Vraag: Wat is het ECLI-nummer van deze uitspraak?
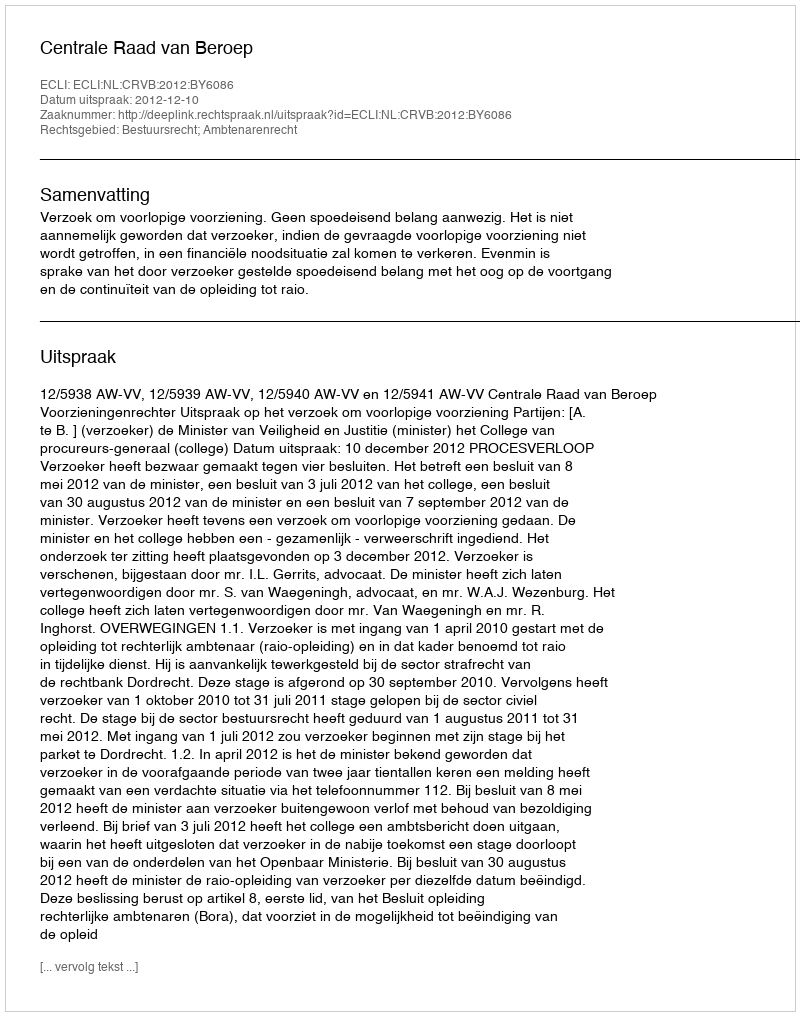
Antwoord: ECLI:NL:CRVB:2012:BY6086